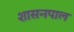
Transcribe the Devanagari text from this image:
शासनपाल